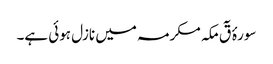
سورۂ قٓ مکہ مکرمہ میں نازل ہوئی ہے۔